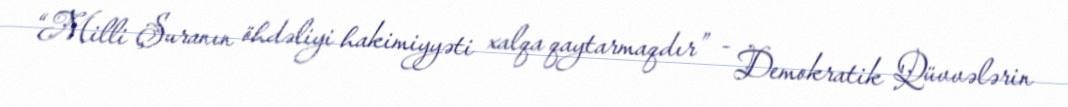
“Milli Şuranın öhdəliyi hakimiyyəti xalqa qaytarmaqdır” - Demokratik Qüvvələrin